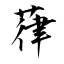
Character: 葎